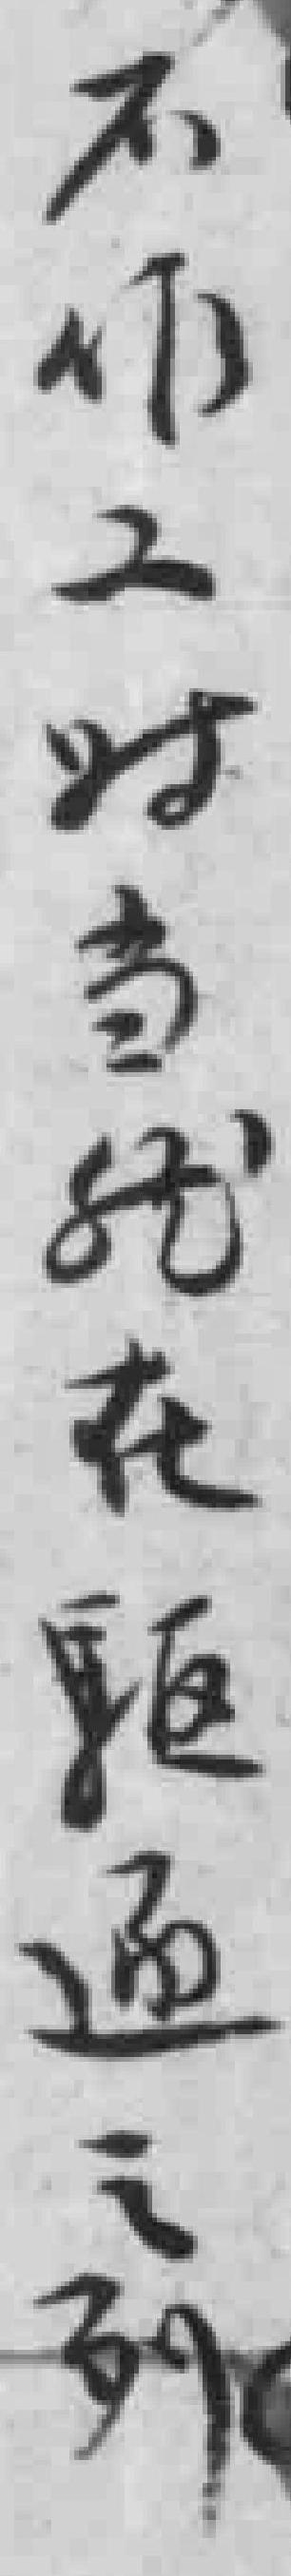
不作工时当就在驅逐之列